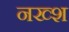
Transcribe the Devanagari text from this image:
नख्श